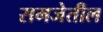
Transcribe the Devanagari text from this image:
समजेतील